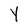
Character: y